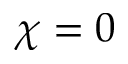
\chi = 0